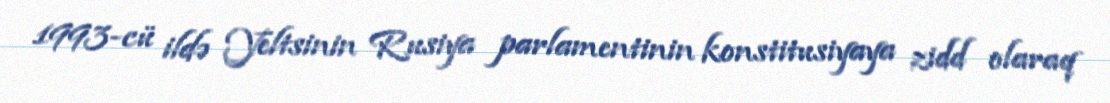
1993-cü ildə Yeltsinin Rusiya parlamentinin konstitusiyaya zidd olaraq